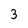
Character: 3